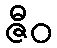
ဇီဝ